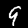
Digit: 9